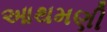
આથમણી